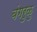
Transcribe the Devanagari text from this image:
बंगरुळु